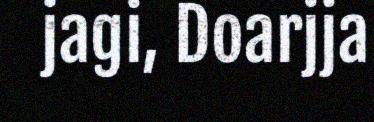
jagi, Doarjja